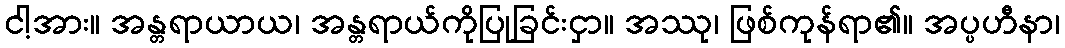
ငါ့အား။ အန္တရာယာယ၊ အန္တရာယ်ကိုပြုခြင်းငှာ။ အဿု၊ ဖြစ်ကုန်ရာ၏။ အပ္ပဟီနာ၊